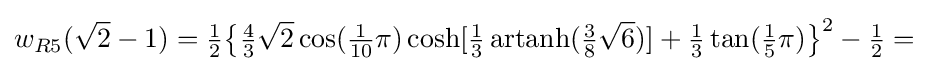
w_{R5}({\sqrt {2}}-1)={\tfrac {1}{2}}{\bigl \{}{\tfrac {4}{3}}{\sqrt {2}}\cos({\tfrac {1}{10}}\pi )\cosh[{\tfrac {1}{3}}\operatorname {artanh} ({\tfrac {3}{8}}{\sqrt {6}})]+{\tfrac {1}{3}}\tan({\tfrac {1}{5}}\pi ){\bigr \}}^{2}-{\tfrac {1}{2}}=